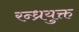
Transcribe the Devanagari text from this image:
रन्ध्रयुक्त